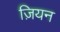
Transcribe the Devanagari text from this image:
ज़ियन